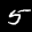
Label: 5